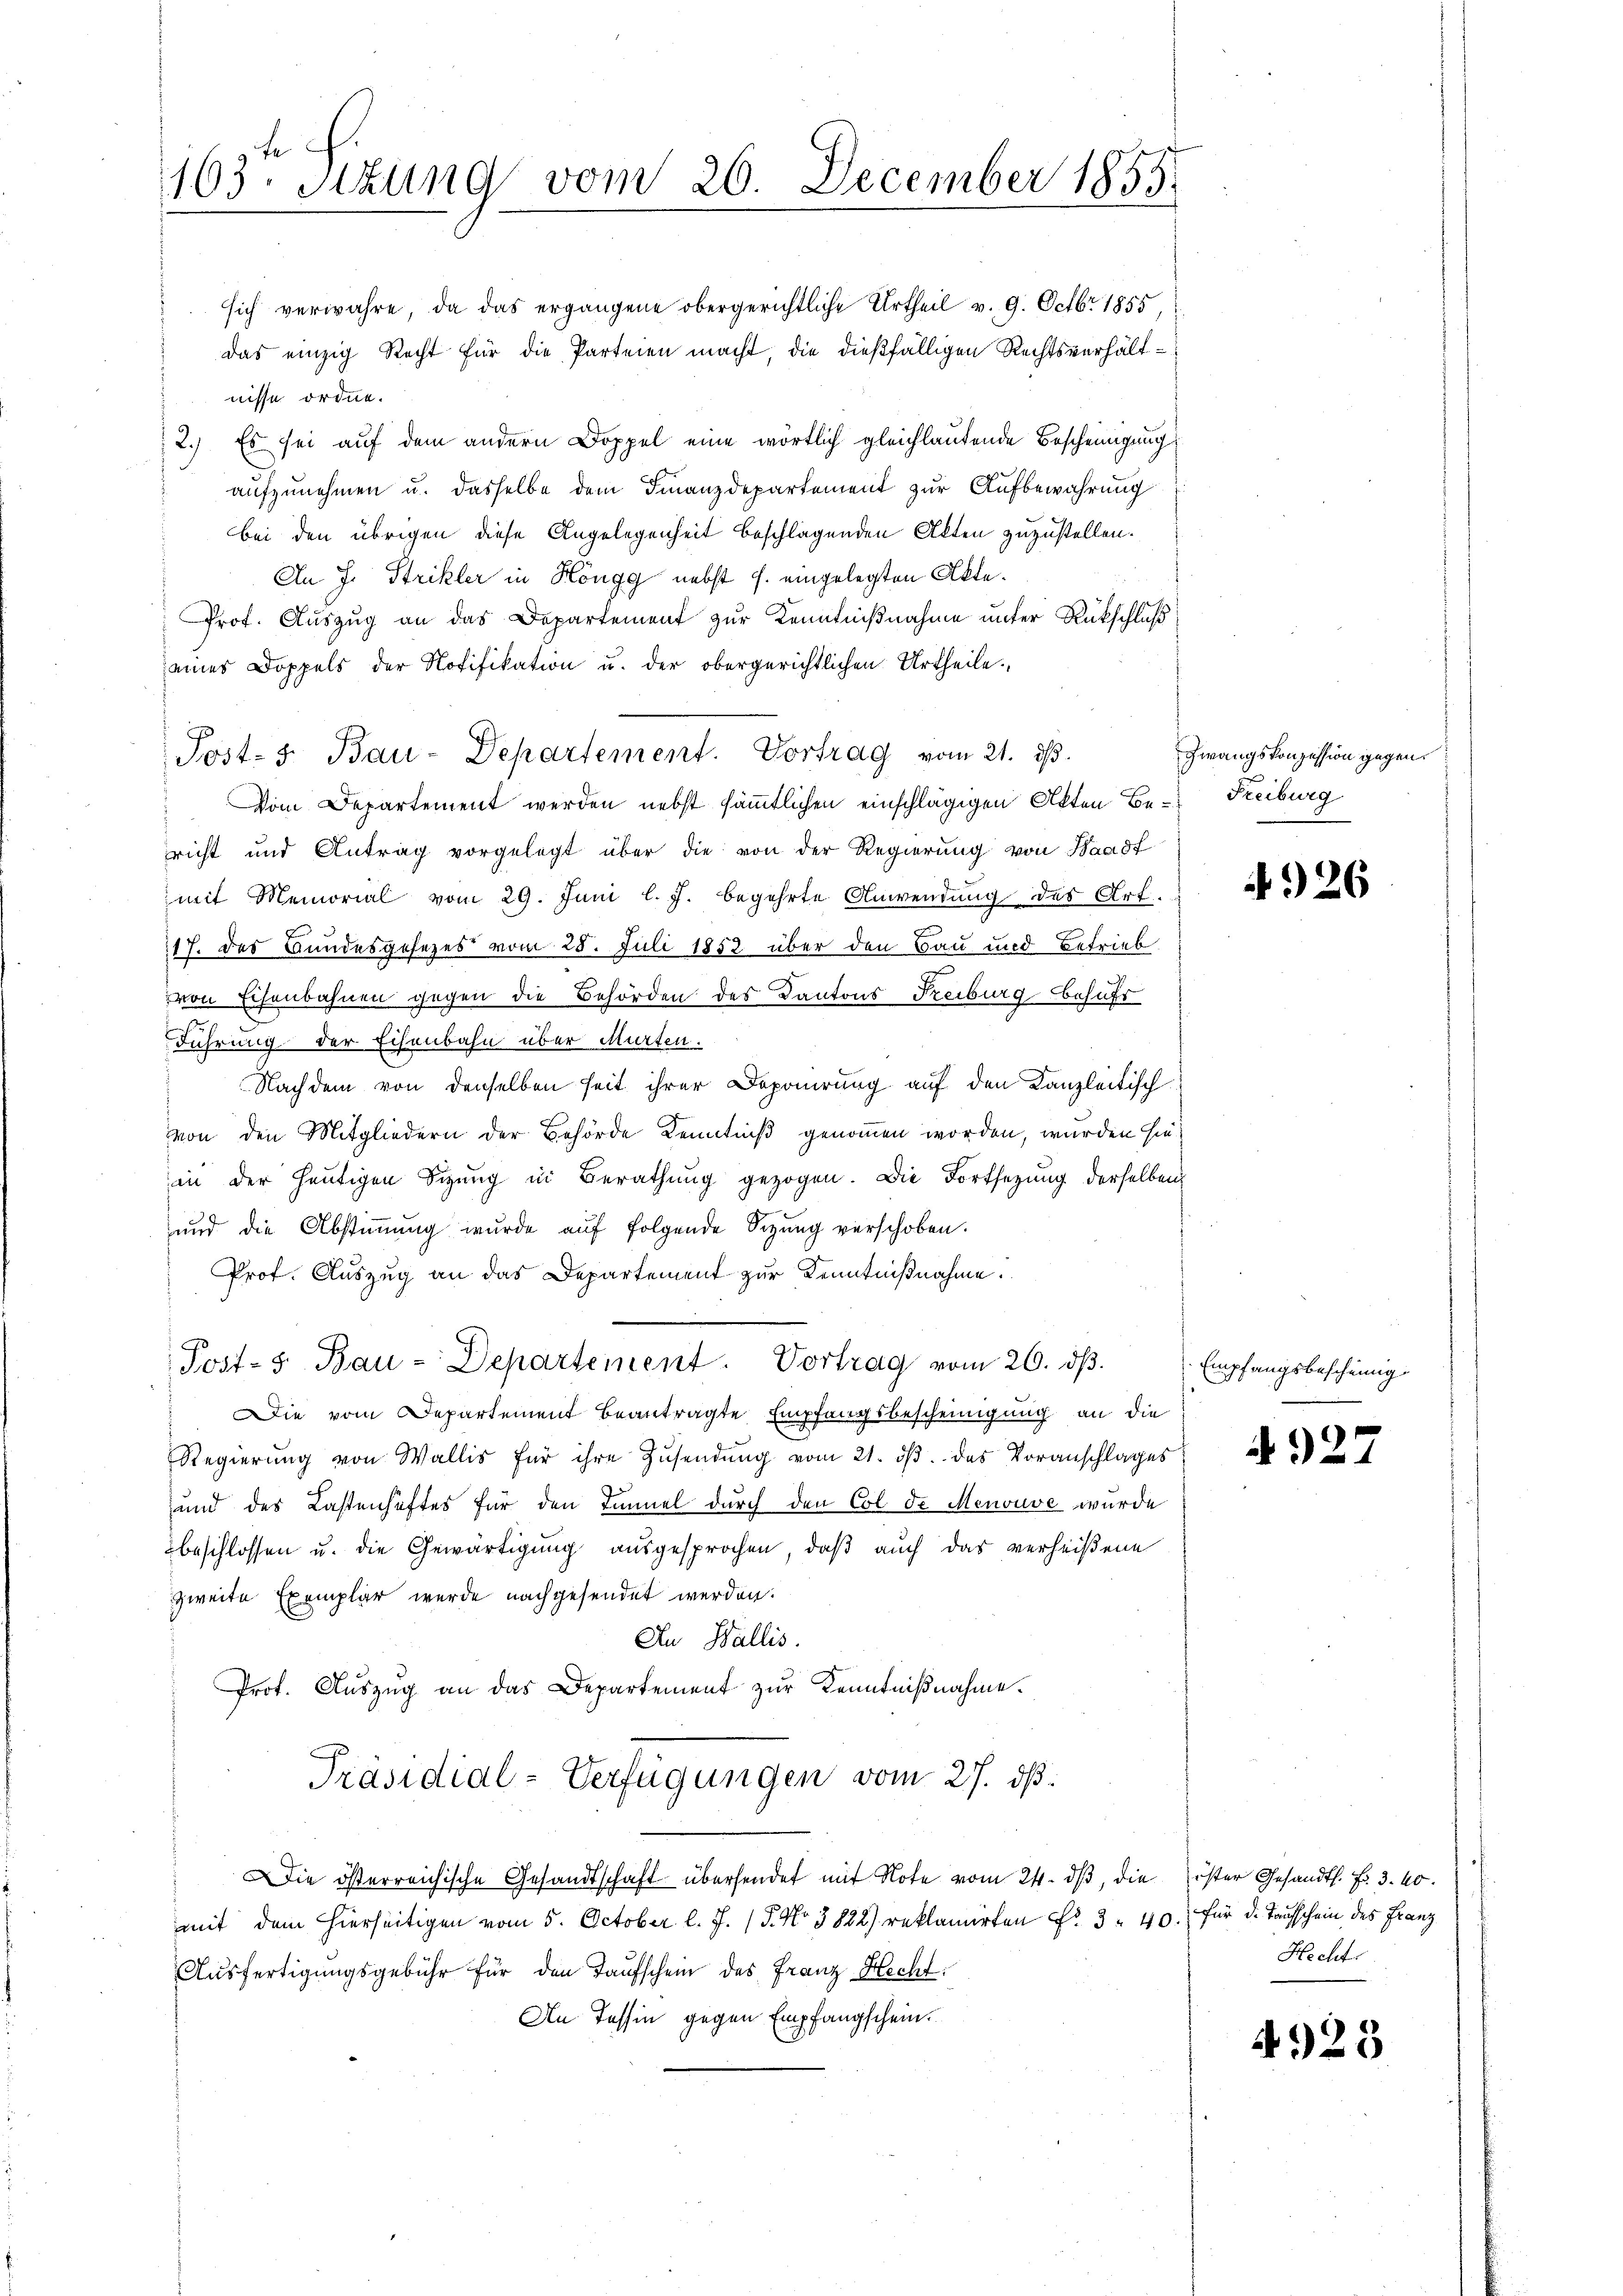
103. Sizung vom 26. December 1855.

sich verwahre, da das ergangene obergerichtliche Urtheil v. 9. Octbr. 1855,
Das einzig Recht für die Parteien macht, die dießfälligen Rechtsverhältnisse ordne.
2.) Es sei auf dem andern Doppel eine wörtlich gleichlautende Bescheinigung
aufzunehmen u. dasselbe dem Finanzdepartement zur Aufbewahrung
bei den übrigen diese Angelegenheit beschlagenden Alten zuzustellen.
An J. Strikler in Höngg nebst 7. eingelegten Akte.
Prof. Auszug an das Departement zur Kenntnißnahme unter Rückschluß
eines Doppels der Notifikation u. der obergerichtlichen Urtheile.
Post- 5. Bau-Departement. Vortrag vom 21. ds.
Vom Departement werden nebst sämmtlichen einschlägigen Akten Be-Freiburg
richt und Antrag vorgelegt über die von der Regierung von Waadt
mit Memorial vom 29. Juni l. J. begehrte Anwendung des Art.
17. des Bundesgesezes vom 28. Juli 1852 über den Bau und Betrieb
von Eisenbahnen gegen die Behörden des Kantons Freiburg behufs
Führung der Eisenbahn über Murten.
Nachdem von denselben seit ihrer Deponirung auf den Kanzleitisch
von den Mitgliedern der Behörde Kenntniß genommen worden, wurden hiein der heutigen Sizung in Berathung gezogen. Die Fortsetzung derselben
und die Abstimmung wurde auf folgende Sizung verschoben.
Prof. Auszug an das Departement zur Kenntnißnahme.
Post- u Bau-Departement. Vortrag vom 26. dβ.
Die vom Departement beantragte Empfangsbescheinigung an die
Regierŭng von Wallis für ihre Zŭsendŭng vom 21. dβ das Voranschlages
und des Lastenhaftes für den Immel durch den Col de Menouve wurde
beschlossen u. die Gewärtigung ausgesprochen, daß auch das verheißene
zweite Exemplar wurde nachgesendet werden.
An Wallis.
Prof. Auszug an das Departement zur Kenntnißnahme.
Präsidial-Verfügungen vom 27. ds.
Die österreichische Gesandtschaft übersendet mit Note vom 24. dβ, die ister Gesandts. Fr. 3. 40.
mit dem hierseitigen vom 5. October l. J. (T. No 3822) reklamirten Fr. 3 - 40. für d. Taufschein des Franz
Ausfertigungsgebühr für den Taufschein des Franz Hecht
An Tessin gegen Empfangschein.

Zwangskonzession gegen

4926

Empfangsbescheinig

4927

Hecht.

4923